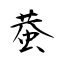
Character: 蛬